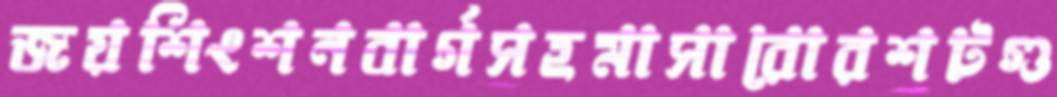
জয়শিংশনবার্গসহমাসারোরশটগু